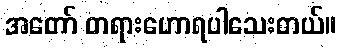
အတော် တရားဟောရပါသေးတယ်။